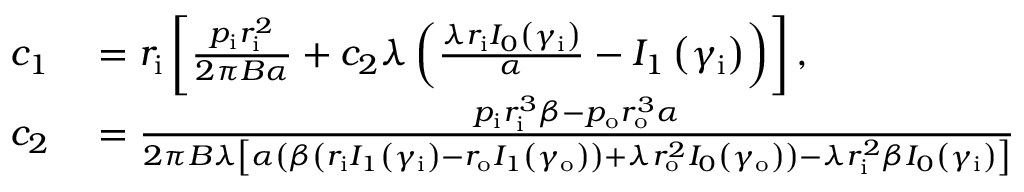
\begin{array} { r l } { c _ { 1 } } & { { } = r _ { \mathrm { { i } } } \left[ \frac { p _ { \mathrm { { i } } } r _ { \mathrm { { i } } } ^ { 2 } } { 2 \pi B \alpha } + c _ { 2 } \lambda \left( \frac { \lambda r _ { \mathrm { { i } } } I _ { 0 } \left( \gamma _ { \mathrm { { i } } } \right) } { \alpha } - I _ { 1 } \left( \gamma _ { \mathrm { { i } } } \right) \right) \right] , } \\ { c _ { 2 } } & { { } = \frac { p _ { \mathrm { { i } } } r _ { \mathrm { { i } } } ^ { 3 } \beta - p _ { \mathrm { { o } } } r _ { \mathrm { { o } } } ^ { 3 } \alpha } { 2 \pi B \lambda \left[ \alpha \left( \beta \left( r _ { \mathrm { { i } } } I _ { 1 } \left( \gamma _ { \mathrm { { i } } } \right) - r _ { \mathrm { { o } } } I _ { 1 } \left( \gamma _ { \mathrm { { o } } } \right) \right) + \lambda r _ { \mathrm { { o } } } ^ { 2 } I _ { 0 } \left( \gamma _ { \mathrm { { o } } } \right) \right) - \lambda r _ { \mathrm { { i } } } ^ { 2 } \beta I _ { 0 } \left( \gamma _ { \mathrm { { i } } } \right) \right] } } \end{array}